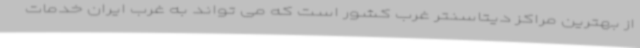
از بهترین مراکز دیتاسنتر غرب کشور است که می تواند به غرب ایران خدمات